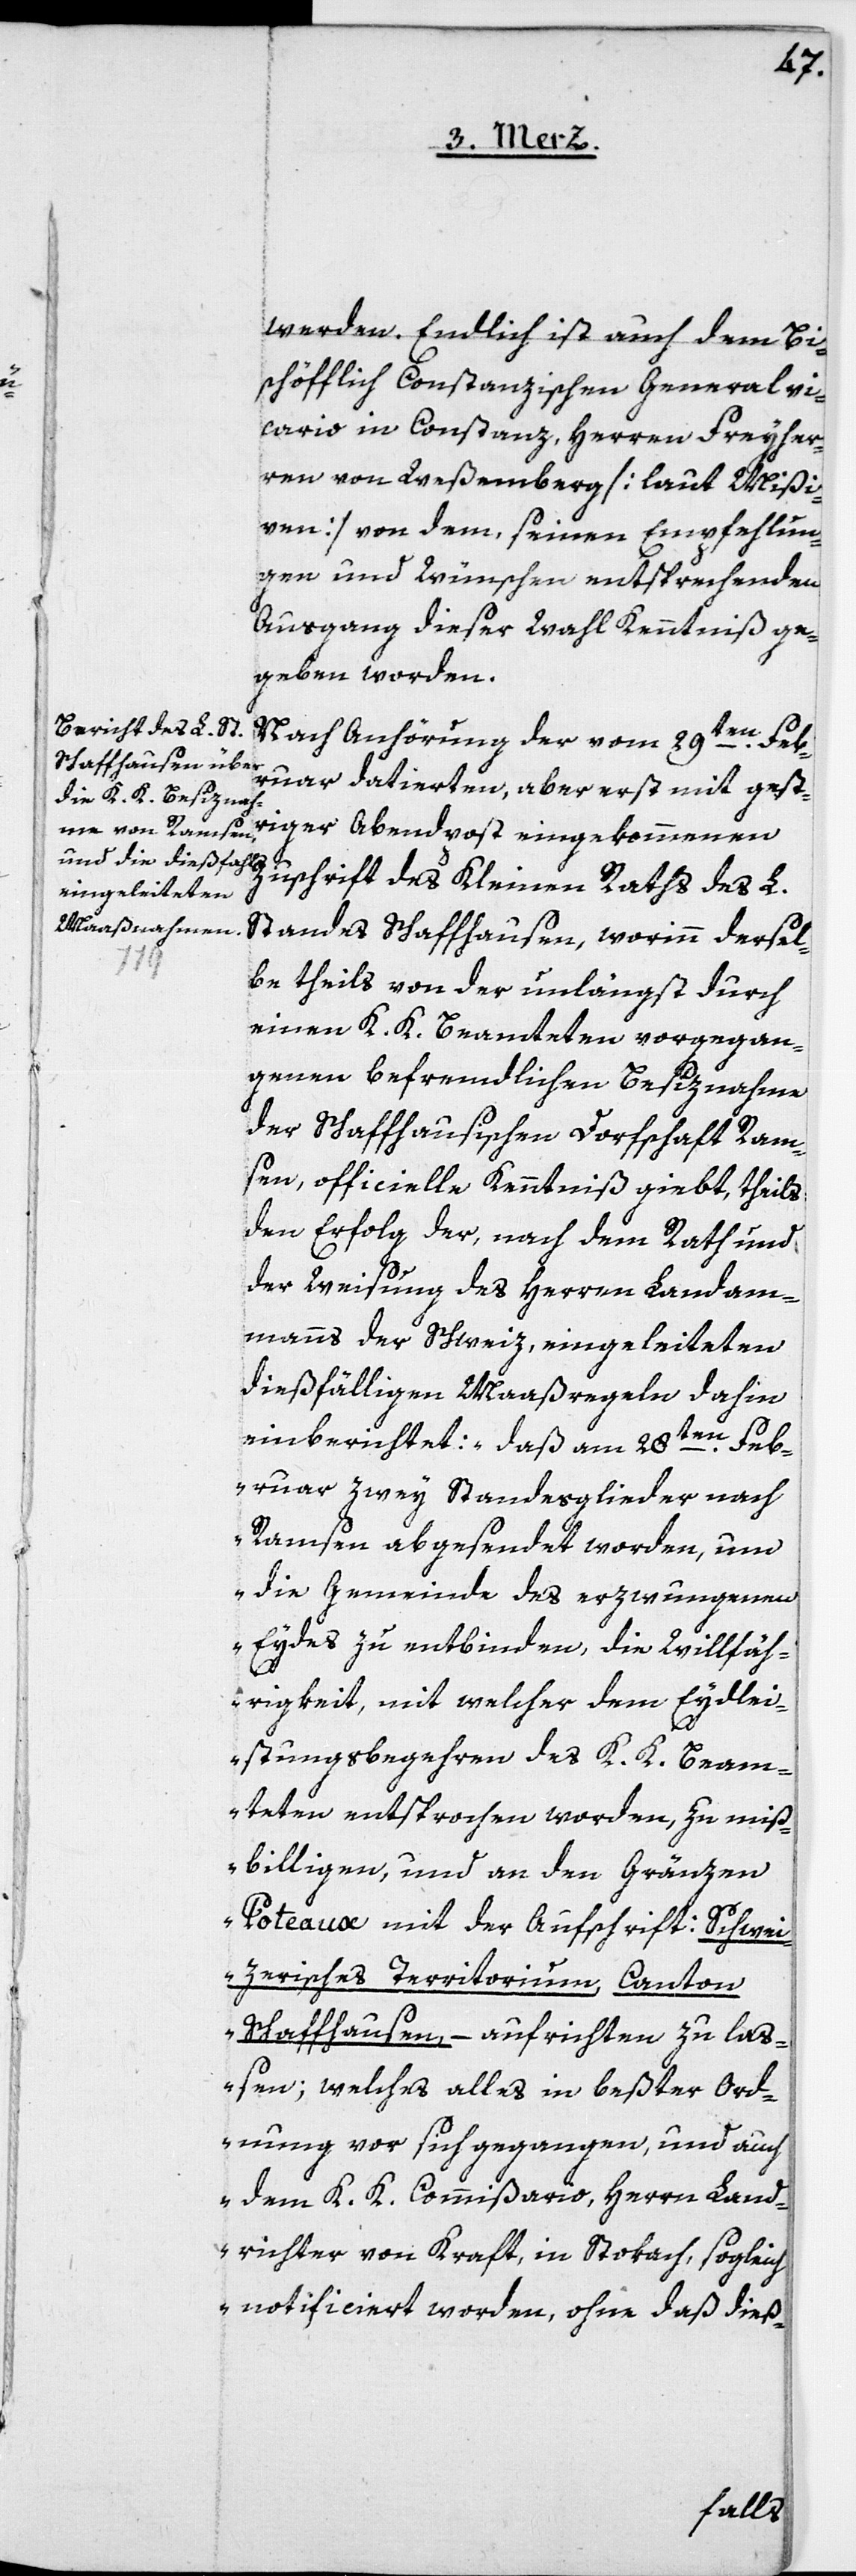
werden. Endlich ist auch dem Bi¬
schöfflich Constanzischen Generalvi¬
cario in Constanz, Herren Freyher¬
ren von Weßemberg [laut Mißi¬
ven] von dem, seinen Empfehlun¬
gen und Wünschen entsprechenden
Ausgang dieser Wahl Kenntniß ge¬
geben worden.
Nach Anhörung der vom 29ten Feb¬
ruar datierten, aber erst mit gest¬
riger Abendpost eingekommenen
Zuschrift des Kleinen Raths des L.
Standes Schaffhausen, worinn dersel¬
be theils von der unlängst durch
einen K. K. Beamteten vorgegan¬
genen befremdlichen Besiznahme
der Schaffhausischen Dorfschaft Ram¬
sen, officielle Kenntniß giebt, theils
den Erfolg der, nach dem Rath und
der Weisung des Herren Landam¬
manns der Schweiz eingeleiteten
dießfälligen Maaßregeln dahin
einberichtet: „daß am 28ten Feb¬
ruar zwey Standesglieder nach
Ramsen abgesendet worden, um
die Gemeinde des erzwungenen
Eydes zu entbinden, die Willfäh¬
rigkeit, mit welcher dem Eydlei¬
stungsbegehren des K. K. Beam¬
teten entsprochen worden, zu miß¬
billigen, und an den Gränzen
Poteaux mit der Aufschrift Schwei¬
zerisches Territorium, Canton
Schaffhausen, – aufrichten zu laß¬
en; welches alles in beßter Ord¬
nung vor sich gegangen, und auch
dem K. K. Commißario, Herrn Land¬
richter von Kraft, in Stokach, sogleich
notificiert worden, ohne daß dieß-